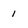
Character: 1